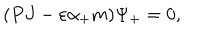
( P J - \varepsilon \alpha _ { + } m ) \Psi _ { + } = 0 ,